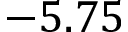
- 5 . 7 5